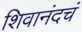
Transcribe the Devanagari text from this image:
शिवानंदचं